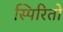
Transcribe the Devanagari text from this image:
स्पिरितो